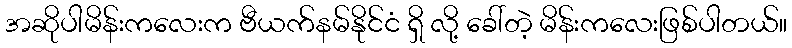
အဆိုပါမိန်းကလေးက ဗီယက်နမ်နိုင်ငံ ရှိ လို့ ခေါ်တဲ့ မိန်းကလေးဖြစ်ပါတယ်။